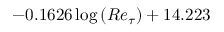
- 0 . 1 6 2 6 \log { \left( R e _ { \tau } \right) } + 1 4 . 2 2 3